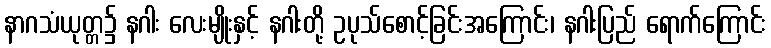
နာဂသံယုတ္တ၌ နဂါး လေးမျိုးနှင့် နဂါးတို့ ဥပုသ်စောင့်ခြင်းအကြောင်း၊ နဂါးပြည် ရောက်ကြောင်း